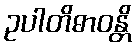
ဥပါတိဓာဝန္တိ